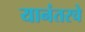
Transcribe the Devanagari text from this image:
यानंतरचे